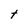
Character: t